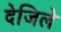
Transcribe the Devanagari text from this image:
देजिले